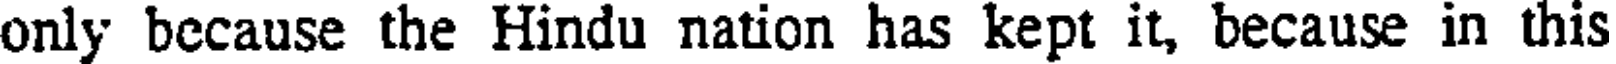
only because the Hindu nation has kept it, because in this